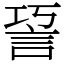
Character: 䛒